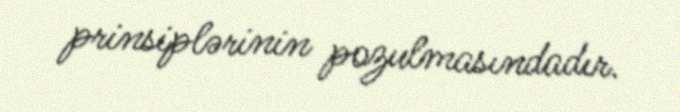
prinsiplərinin pozulmasındadır.